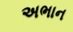
અભાન